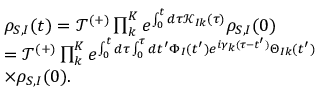
\begin{array} { r l } & { { { \rho } _ { S , I } } ( t ) = { \mathcal { T } ^ { ( + ) } } \prod _ { k } ^ { K } { { { e } ^ { \int _ { 0 } ^ { t } { d \tau } { \mathcal { K } _ { I k } } ( \tau ) } } } { { \rho } _ { S , I } } ( 0 ) } \\ & { = { \mathcal { T } ^ { ( + ) } } \prod _ { k } ^ { K } { { { e } ^ { \int _ { 0 } ^ { t } { d \tau } \int _ { 0 } ^ { \tau } { d t ^ { \prime } \Phi _ { I } ( t ^ { \prime } ) { { e } ^ { i { { \gamma } _ { k } } ( \tau - t ^ { \prime } ) } } { { \Theta } _ { I k } } ( t ^ { \prime } ) } } } } } \\ & { \times { { \rho } _ { S , I } } ( 0 ) . } \end{array}